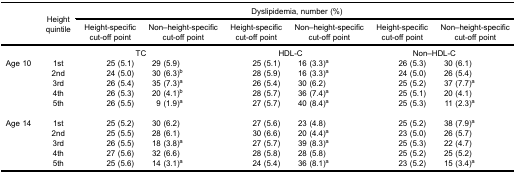
<table><thead><tr><td><b> </b></td><td rowspan="3"><b>Heightquintile</b></td><td colspan="6"><b>Dyslipidemia, number (%)</b></td></tr><tr><td><b> </b></td><td><b>Height-specificcut-off point</b></td><td><b>Non–height-specificcut-off point</b></td><td><b>Height-specificcut-off point</b></td><td><b>Non–height-specificcut-off point</b></td><td><b>Height-specificcut-off point</b></td><td><b>Non–height-specificcut-off point</b></td></tr></thead><tbody><tr><td> </td><td> </td><td colspan="2">TC</td><td colspan="2">HDL-C</td><td colspan="2">Non–HDL-C</td></tr><tr><td>Age 10</td><td>1st</td><td>25 (5.1)</td><td>29 (5.9)</td><td>25 (5.1)</td><td>16 (3.3)<sup>a</sup></td><td>26 (5.3)</td><td>30 (6.1)</td></tr><tr><td> </td><td>2nd</td><td>24 (5.0)</td><td>30 (6.3)<sup>b</sup></td><td>28 (5.9)</td><td>16 (3.3)<sup>a</sup></td><td>24 (5.0)</td><td>26 (5.4)</td></tr><tr><td> </td><td>3rd</td><td>26 (5.4)</td><td>35 (7.3)<sup>a</sup></td><td>26 (5.4)</td><td>30 (6.2)</td><td>25 (5.2)</td><td>37 (7.7)<sup>a</sup></td></tr><tr><td> </td><td>4th</td><td>26 (5.3)</td><td>20 (4.1)<sup>b</sup></td><td>28 (5.7)</td><td>36 (7.4)<sup>a</sup></td><td>25 (5.1)</td><td>20 (4.1)</td></tr><tr><td> </td><td>5th</td><td>26 (5.5)</td><td>9 (1.9)<sup>a</sup></td><td>27 (5.7)</td><td>40 (8.4)<sup>a</sup></td><td>25 (5.3)</td><td>11 (2.3)<sup>a</sup></td></tr><tr><td colspan="8"> </td></tr><tr><td>Age 14</td><td>1st</td><td>25 (5.2)</td><td>30 (6.2)</td><td>27 (5.6)</td><td>23 (4.8)</td><td>25 (5.2)</td><td>38 (7.9)<sup>a</sup></td></tr><tr><td> </td><td>2nd</td><td>25 (5.5)</td><td>28 (6.1)</td><td>30 (6.6)</td><td>20 (4.4)<sup>a</sup></td><td>23 (5.0)</td><td>26 (5.7)</td></tr><tr><td> </td><td>3rd</td><td>26 (5.5)</td><td>18 (3.8)<sup>a</sup></td><td>27 (5.7)</td><td>39 (8.3)<sup>a</sup></td><td>25 (5.3)</td><td>22 (4.7)</td></tr><tr><td> </td><td>4th</td><td>27 (5.6)</td><td>32 (6.6)</td><td>28 (5.8)</td><td>28 (5.8)</td><td>25 (5.2)</td><td>25 (5.2)</td></tr><tr><td> </td><td>5th</td><td>25 (5.6)</td><td>14 (3.1)<sup>a</sup></td><td>24 (5.4)</td><td>36 (8.1)<sup>a</sup></td><td>23 (5.2)</td><td>15 (3.4)<sup>a</sup></td></tr></tbody></table>